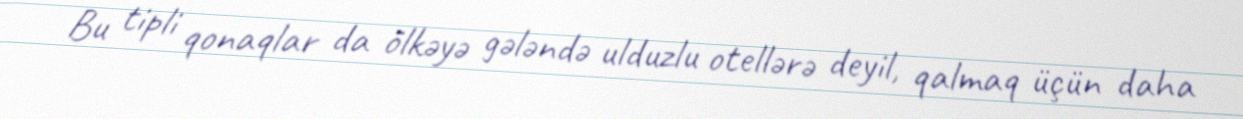
Bu tipli qonaqlar da ölkəyə gələndə ulduzlu otellərə deyil, qalmaq üçün daha